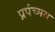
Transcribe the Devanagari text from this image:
प्रपंच्मय